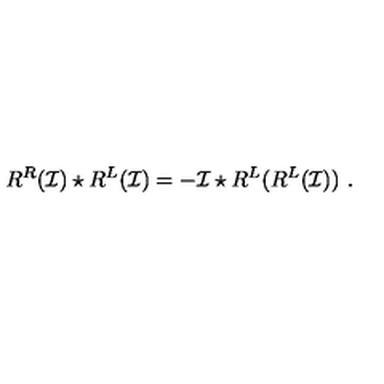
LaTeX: R ^ { R } ( \mathcal { I } ) \star R ^ { L } ( \mathcal { I } ) = - \mathcal { I } \star R ^ { L } ( R ^ { L } ( \mathcal { I } ) ) \ .